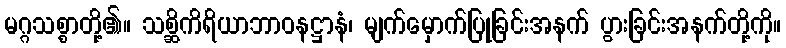
မဂ္ဂသစ္စာတို့၏။ သစ္ဆိကိရိယာဘာဝနဋ္ဌာနံ၊ မျက်မှောက်ပြုခြင်းအနက် ပွားခြင်းအနက်တို့ကို။